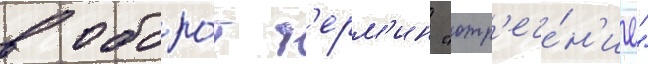
в оборо́т т'ерм'ин "отр'ече́н'ие"